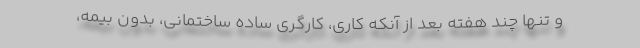
و تنها چند هفته بعد از آنكه كاري، كارگري ساده ساختماني، بدون بيمه،